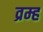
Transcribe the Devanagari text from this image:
व्रम्ह